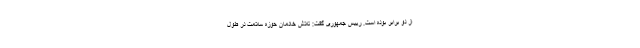
از دو برابر بوده است. رییس جمهوری گفت: تلاش خادمان حوزه سلامت در طول